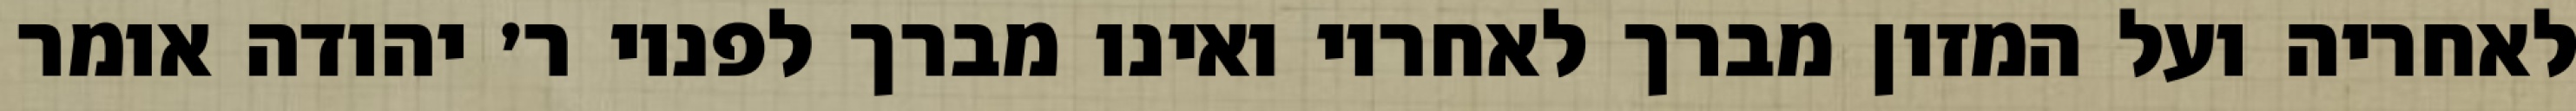
לאחריה ועל המזון מברך לאחריו ואינו מברך לפניו ר׳ יהודה אומר